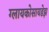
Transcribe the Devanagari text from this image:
ग्लायकोसायडेझ